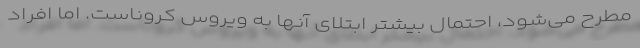
مطرح می‌شود، احتمال بیشتر ابتلای آنها به ویروس کروناست‌. اما افراد